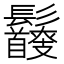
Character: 𩰇